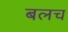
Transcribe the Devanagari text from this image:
बलच